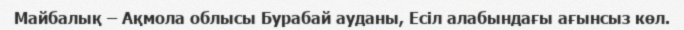
Майбалық – Ақмола облысы Бурабай ауданы, Есіл алабындағы ағынсыз көл.